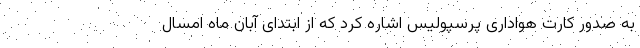
به صدور کارت هواداری پرسپولیس اشاره کرد که از ابتدای آبان ماه امسال